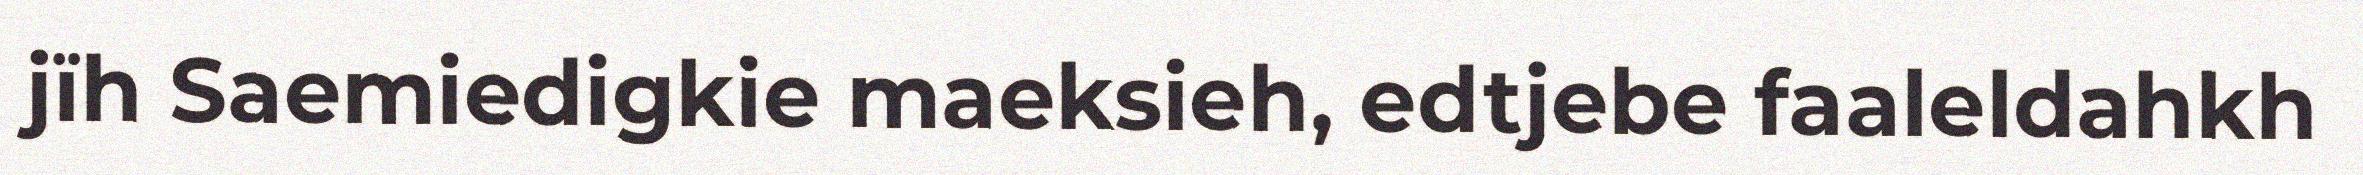
jïh Saemiedigkie maeksieh, edtjebe faaleldahkh